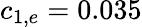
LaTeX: c_{1,e}=0.035